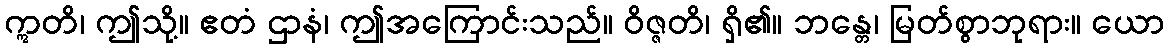
ဣတိ၊ ဤသို့။ ဧတံ ဌာနံ၊ ဤအကြောင်းသည်။ ဝိဇ္ဇတိ၊ ရှိ၏။ ဘန္တေ၊ မြတ်စွာဘုရား။ ယော